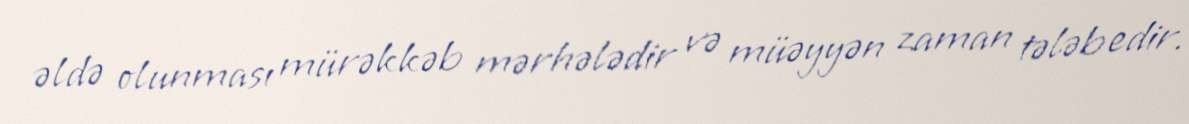
əldə olunması mürəkkəb mərhələdir və müəyyən zaman tələb edir.